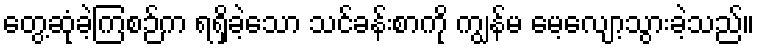
တွေ့ဆုံခဲ့ကြစဉ်က ရရှိခဲ့သော သင်ခန်းစာကို ကျွန်မ မေ့လျော့သွားခဲ့သည်။